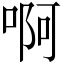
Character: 啊